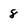
Character: 8